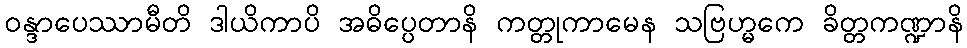
ဝန္ဒာပေဿာမီတိ ဒါယိကာပိ အဓိပ္ပေတာနိ ကတ္တုကာမေန သဗြဟ္မကေ ခိတ္တကဏ္ဍာနိ